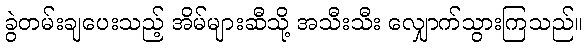
ခွဲတမ်းချပေးသည့် အိမ်များဆီသို့ အသီးသီး လျှောက်သွားကြသည်။